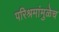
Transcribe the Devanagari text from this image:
परिश्रमांमुळेच